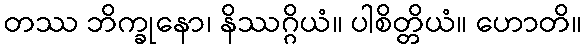
တဿ ဘိက္ခုနော၊ နိဿဂ္ဂိယံ။ ပါစိတ္တိယံ။ ဟောတိ။